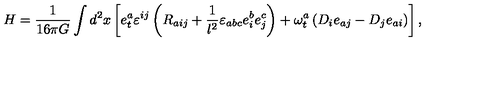
H = { \frac { 1 } { 1 6 \pi G } } \int d ^ { 2 } x \left[ e _ { t } ^ { a } \varepsilon ^ { i j } \left( R _ { a i j } + { \frac { 1 } { l ^ { 2 } } } \varepsilon _ { a b c } e _ { i } ^ { b } e _ { j } ^ { c } \right) + \omega _ { t } ^ { a } \left( D _ { i } e _ { a j } - D _ { j } e _ { a i } \right) \right] ,